Annual report of the Civil Veterinary Department, Bengal, for the year 1897-98 - 1897-1898
Year: 1897
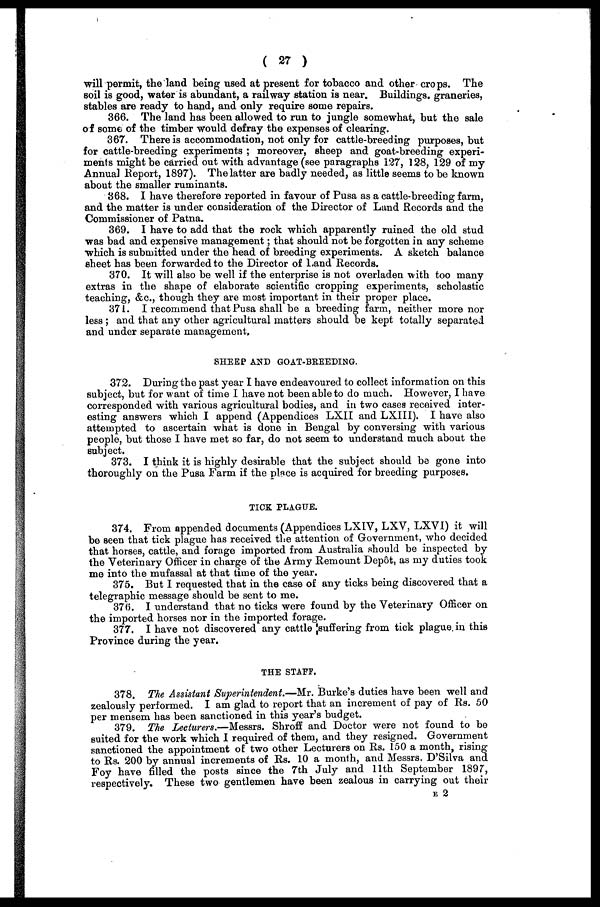
( 27 )
will permit, the land being used at present for tobacco and other crops. The
soil is good, water is abundant, a railway station is near. Buildings. graneries,
stables are ready to hand, and only require some repairs.
366. The land has been allowed to run to jungle somewhat, but the sale
of some of the timber would defray the expenses of clearing.
367. There is accommodation, not only for cattle-breeding purposes, but
for cattle-breeding experiments ; moreover, sheep and goat-breeding experi-
ments might be carried out with advantage (see paragraphs 127, 128, 129 of my
Annual Report, 1897). The latter are badly needed, as little seems to be known
about the smaller ruminants.
368. I have therefore reported in favour of Pusa as a cattle-breeding farm,
and the matter is under consideration of the Director of Lund Records and the
Commissioner of Patna.
369. I have to add that the rock which apparently ruined the old stud
was bad and expensive management ; that should not be forgotten in any scheme
which is submitted under the head of breeding experiments. A sketch balance
sheet has been forwarded to the Director of Land Records.
370. It will also be well if the enterprise is not overladen with too many
extras in the shape of elaborate scientific cropping experiments, scholastic
teaching, &c., though they are most important in their proper place.
371. I recommend that Pusa shall be a breeding farm, neither more nor
less ; and that any other agricultural matters should be kept totally separated
and under separate management,
SHEEP AND GOAT-BREEDING.
372. During the past year I have endeavoured to collect information on this
subject, but for want of time I have not been able to do much. However, I have
corresponded with various agricultural bodies, and in two cases received inter-
esting answers which I append (Appendices LXII and LXIII). I have also
attempted to ascertain what is done in Bengal by conversing with various
people, but those I have met so far, do not seem to understand much about the
subject.
373. I think it is highly desirable that the subject should be gone into
thoroughly on the Pusa Farm if the place is acquired for breeding purposes.
TICK PLAGUE.
374. From appended documents (Appendices LXIV, LXV, LXVI) it will
be seen that tick plague has received the attention of Government, who decided
that horses, cattle, and forage imported from Australia should be inspected by
the Veterinary Officer in charge of the Army Remount Depot, as my duties took
me into the mufassal at that time of the year.
375. But I requested that in the case of any ticks being discovered that a
telegraphic message should be sent to me.
376. I understand that no ticks were found by the Veterinary Officer on
the imported horses nor in the imported forage.
377. I have not discovered any cattle suffering from tick plague in this
Province during the year.
THE STAFF.
378. The Assistant Superintendent.—Mr. Burke's duties have been well and
zealously performed. I am glad to report that an increment of pay of Rs. 50
per mensem has been sanctioned in this year's budget.
379. The Lecturers.—Messrs. Shroff and Doctor were not found to be
suited for the work which I required of them, and they resigned. Government
sanctioned the appointment of two other Lecturers on Rs. 150 a month, rising
to Rs. 200 by annual increments of Rs. 10 a month, and Messrs. D'Silva and
Foy have filled the posts since the 7th July and 11th September 1897,
respectively. These two gentlemen have been zealous in carrying out their
E 2